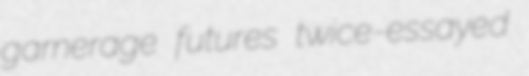
garnerage futures twice-essayed